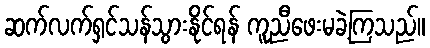
ဆက်လက်ရှင်သန်သွားနိုင်ရန် ကူညီဖေးမခဲ့ကြသည်။